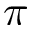
\pi